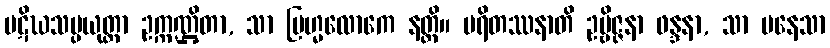
ပဋိဃသမ္ပယုတ္တာ ဥက္ကဏ္ဌိတာ, သာ ဗြဟ္မလောကေ နတ္ထိ။ ပရိတဿနာတိ ဥဗ္ဗိဇ္ဇနာ ဖန္ဒနာ, သာ ပနေသာ